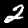
Digit: 2